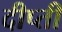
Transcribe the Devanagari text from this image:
दीप्‍ती